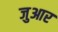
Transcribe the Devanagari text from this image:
जुआर